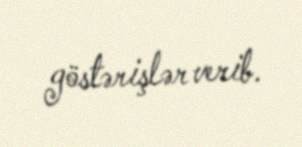
göstərişlər verib.